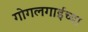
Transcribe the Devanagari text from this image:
गोगलगाईच्या